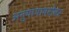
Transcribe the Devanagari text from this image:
अनुयायाबरोबर